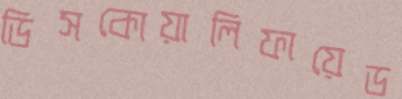
ডিসকোয়ালিফায়েড